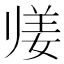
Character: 𱍴